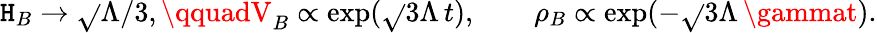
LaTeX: \mathtt{H}_{B}\to\sqrt{}{{\Lambda/3}},\qquadV_{B}\propto\exp(\sqrt{}{{3\Lambda}}\, t),\qquad\rho_{B}\propto\exp(-\sqrt{}{{3\Lambda}}\, \gammat).